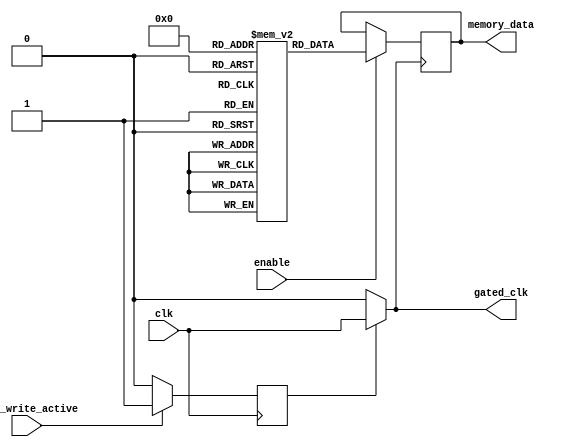
module dynamic_clock_gating (
    input wire clk,               // Main clock signal
    input wire enable,            // Enable signal for memory block
    input wire read_write_active, // Signal indicating read/write activity
    output wire gated_clk,        // Gated clock output for memory block
    output wire [7:0] memory_data // Example memory data output
);

    // Clock Gating Logic
    reg gating_signal;
    
    always @(posedge clk) begin
        // Generate gating signal based on activity
        // If there is read/write activity, enable the clock
        if (read_write_active) begin
            gating_signal <= 1'b1; // Enable clock
        end else begin
            gating_signal <= 1'b0; // Disable clock
        end
    end

    // Clock Gating Cell
    assign gated_clk = gating_signal ? clk : 1'b0; // Gated clock output

    // Memory Block (Example)
    reg [7:0] memory [0:255]; // Example memory array
    reg [7:0] data_out;       // Data output register

    always @(posedge gated_clk) begin
        if (enable) begin
            // Memory operation example (read/write)
            // For demonstration, assume a simple read operation
            // Here we can add logic for read and write operations
            data_out <= memory[0]; // Example read operation from address 0
        end
    end

    // Assigning output data
    assign memory_data = data_out;

endmodule